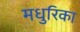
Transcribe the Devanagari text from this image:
मधुरिका